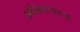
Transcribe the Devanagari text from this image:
अर्थसहाय्यच्या